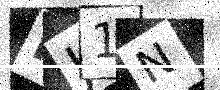
Text: HJ1N